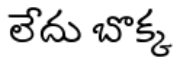
లేదు బొక్క